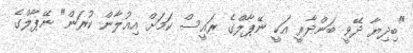
"ބިދިޔާ ދޭވީ ބަންދާރީ އަކީ ނޭޕާލްގެ ރައީސް ކަމަށް އިއުލާން ކުރަން" ނޭޕާލްގެ